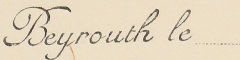
Beyrouth le